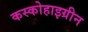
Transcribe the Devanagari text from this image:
कस्कोहाइग्रीन